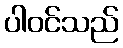
ပါဝင်သည်